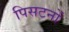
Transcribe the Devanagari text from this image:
पिसटनों